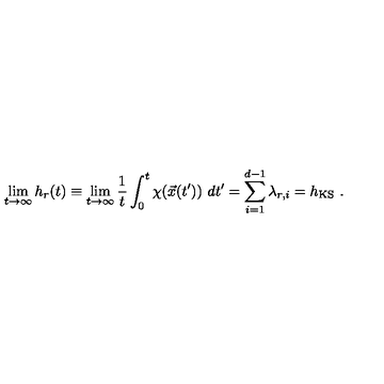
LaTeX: \lim _ { t \rightarrow \infty } h _ { r } ( t ) \equiv \lim _ { t \rightarrow \infty } { \frac { 1 } { t } } \int _ { 0 } ^ { t } \chi ( \vec { x } ( t ^ { \prime } ) ) \ d t ^ { \prime } = \sum _ { i = 1 } ^ { d - 1 } \lambda _ { r , i } = h _ { \mathrm { K S } } \ .